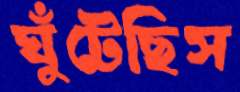
ঘুঁটেছিস